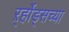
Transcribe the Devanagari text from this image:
र्ऱ्होड्सच्या